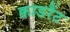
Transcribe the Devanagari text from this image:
क्वाडरैंट